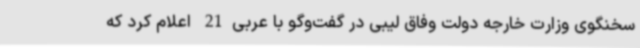
سخنگوی وزارت خارجه دولت وفاق لیبی در گفت‌وگو با عربی21 اعلام کرد که